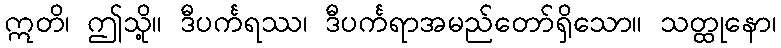
ဣတိ၊ ဤသို့။ ဒီပင်္ကရဿ၊ ဒီပင်္ကရာအမည်တော်ရှိသော။ သတ္ထုနော၊